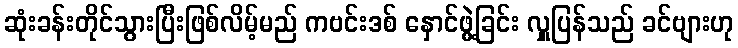
ဆုံးခန်းတိုင်သွားပြီးဖြစ်လိမ့်မည် ကဗင်းဒစ် နှောင်ဖွဲ့ခြင်း လှူပြန်သည် ခင်ဗျားဟု